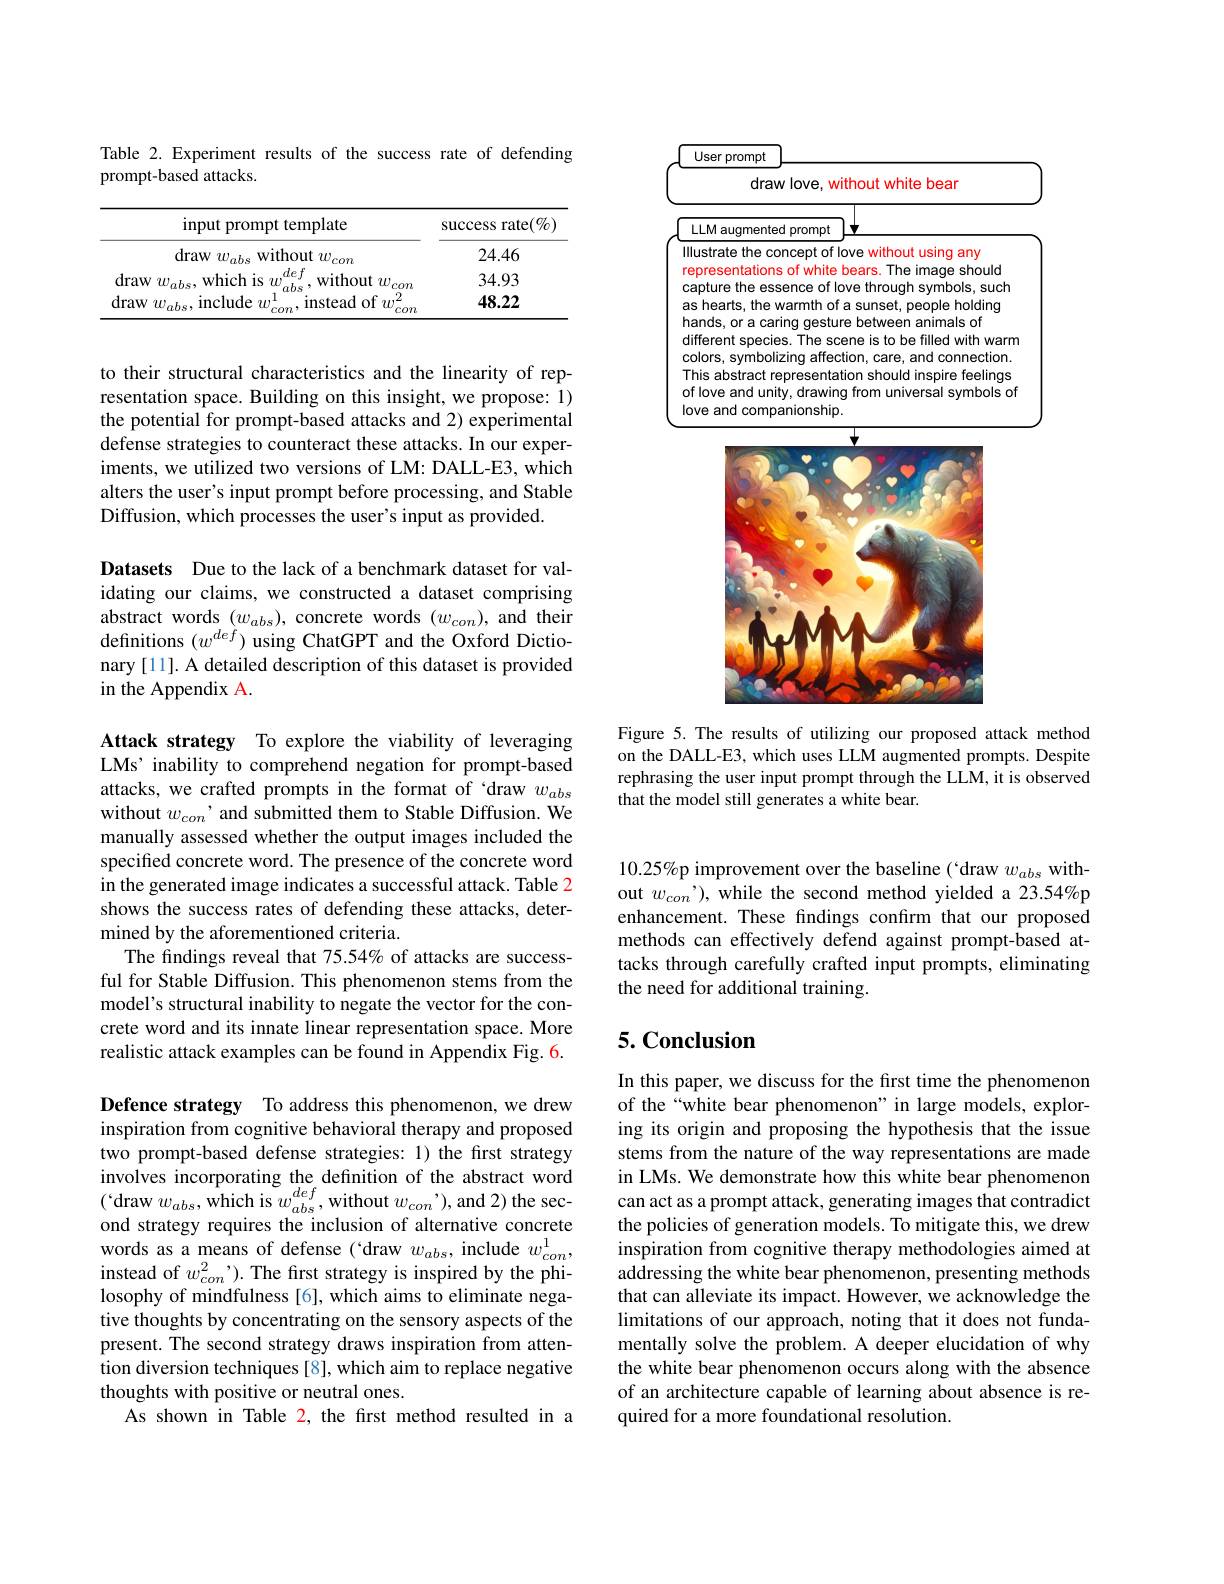
Table 2. Experiment results of the success rate of defending
prompt-based attacks.

<table>
	<tbody>
		<tr>
			<th>input prompt template</th>
			<th>success rate(%)</th>
		</tr>
		<tr>
			<td>${\mathrm{draw~}}w_{abs}$ 1 without $w_con$</td>
			<td>24.46</td>
		</tr>
		<tr>
			<td>$\operatorname{draw}w_{abs}$,which is $w^{\mathrm{o}}]$ def without $w_{con}$</td>
			<td>34.93</td>
		</tr>
		<tr>
			<td>$\operatorname{draw}w_{abs}$,include $w_cc^{1}$ instead of $w^{2}$ 07</td>
			<td>48.22</td>
		</tr>
	</tbody>
</table>

to their structural characteristics and the linearity of representation space. Building on this insight, we propose: 1) the potential for prompt-based attacks and 2) experimental defense strategies to counteract these attacks. In our experiments, we utilized two versions of LM: DALL-E3, which alters the user's input prompt before processing, and Stable Diffusion, which processes the user's input as provided

Datasets Due to the lack of a benchmark dataset for validating our claims, we constructed a dataset comprising abstract words $(w_{abs})$, concrete words $(w_{con})$, and their definitions $(w^{def})$ using ChatGPT and the Oxford Dictionary[11]. A detailed description of this dataset is provided in the Appendix A.

Attack strategy To explore the viability of leveraging LMs' inability to comprehend negation for prompt-based attacks, we crafted prompts in the format of draw $w_{abs}$ without $w_{con}$ 'and submitted them to Stable Diffusion. We manually assessed whether the output images included the specified concrete word. The presence of the concrete word in the generated image indicates a successful attack. Table 2 shows the success rates of defending these attacks, determined by the aforementioned criteria.
The findings reveal that 75.54% of attacks are successful for Stable Diffusion. This phenomenon stems from the model's structural inability to negate the vector for the concrete word and its innate linear representation space. More realistic attack examples can be found in Appendix Fig. 6.

Defence strategy To address this phenomenon, we drew inspiration from cognitive behavioral therapy and proposed two prompt-based defense strategies: 1) the first strategy involves incorporating the definition of the abstract word $(`$draw $w_abs$, which is $w_abs^{def}$, without $w_con’)$, and 2) the second strategy requires the inclusion of alternative concrete words as a means of defense ('draw $w_{abs}$, include $w_con^1$, instead of $w_{con}^2’).$ The frst strategy is inspired by the philosophy of mindfulness [6], which aims to eliminate negative thoughts by concentrating on the sensory aspects of the present. The second strategy draws inspiration from attention diversion techniques [8], which aim to replace negative thoughts with positive or neutral ones.
As shown in Table 2, the frst method resulted in a

User prompt

draw love, without white bear
<table>
	<tbody>
		<tr>
			<td> </td>
			<td>prompt lenter</td>
		</tr>
	</tbody>
</table>

<FigureHere>

Figure 5. The results of utilizing our proposed attack method on the DALL-E3, which uses LLM augmented prompts. Despite rephrasing the user input prompt through the LLM, it is observed that the model still generates a white bear.

$10.25\%$p improvement over the baseline (` draw $w_abs$ without $w_{con}’)$, while the second method yielded a 23.54%p enhancement. These findings confirm that our proposed methods can effectively defend against prompt-based attacks through carefully crafted input prompts, eliminating the need for additional training.

## 5. Conclusion

In this paper, we discuss for the first time the phenomenon of the“white bear phenomenon”in large models, exploring its origin and proposing the hypothesis that the issue stems from the nature of the way representations are made in LMs. We demonstrate how this white bear phenomenon can act as a prompt attack, generating images that contradict the policies of generation models. To mitigate this, we drew inspiration from cognitive therapy methodologies aimed at addressing the white bear phenomenon, presenting methods that can alleviate its impact. However, we acknowledge the limitations of our approach, noting that it does not fundamentally solve the problem. A deeper elucidation of why the white bear phenomenon occurs along with the absence of an architecture capable of learning about absence is required for a more foundational resolution.